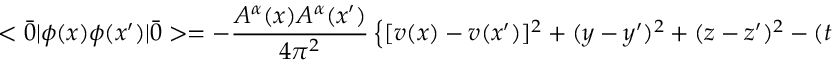
< \bar { 0 } | \phi ( x ) \phi ( x ^ { \prime } ) | \bar { 0 } > = - { \frac { A ^ { \alpha } ( x ) A ^ { \alpha } ( x ^ { \prime } ) } { 4 \pi ^ { 2 } } } \left\{ [ v ( x ) - v ( x ^ { \prime } ) ] ^ { 2 } + ( y - y ^ { \prime } ) ^ { 2 } + ( z - z ^ { \prime } ) ^ { 2 } - ( t - t ^ { \prime } ) ^ { 2 } \right\}